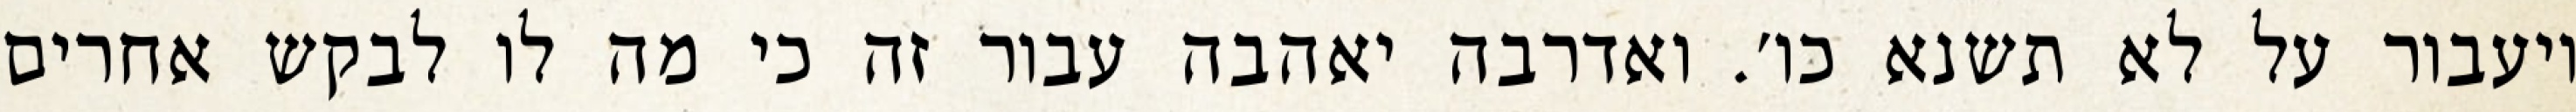
ויעבור על לא תשנא כו׳. ואדרבה יאהבה עבור זה כי מה לו לבקש אחרים